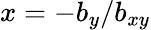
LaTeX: x=-b_{y}/b_{xy}